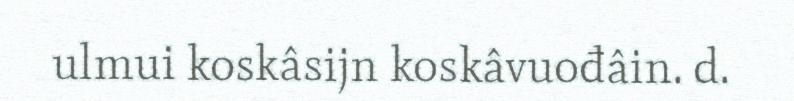
ulmui koskâsijn koskâvuođâin. d.